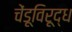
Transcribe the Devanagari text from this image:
चेंडूविरूद्ध